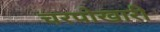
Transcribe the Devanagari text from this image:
चरपोखारी